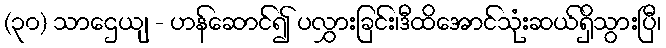
(၃၀) သာဌေယျ - ဟန်ဆောင်၍ ပလွှားခြင်း၊ဒီထိအောင်သုံးဆယ်ရှိသွားပြီ၊